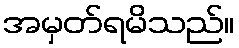
အမှတ်ရမိသည်။